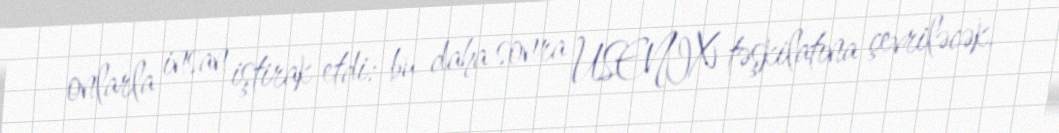
onlarla insan iştirak etdi; bu daha sonra USENIX təşkilatına çevriləcək.